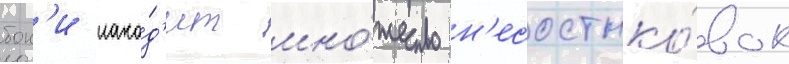
бон'и нахо́д'ит мно́жество н'есостыко́вок